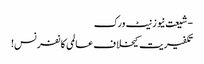
- شیعت نیوز نیٹ ورک
تکفیریت کیخلاف عالمی کانفرنس!